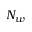
N _ { w }